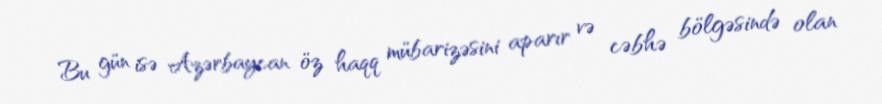
Bu gün isə Azərbaycan öz haqq mübarizəsini aparır və cəbhə bölgəsində olan